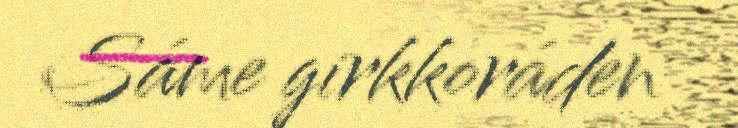
Sáme girkkoráden